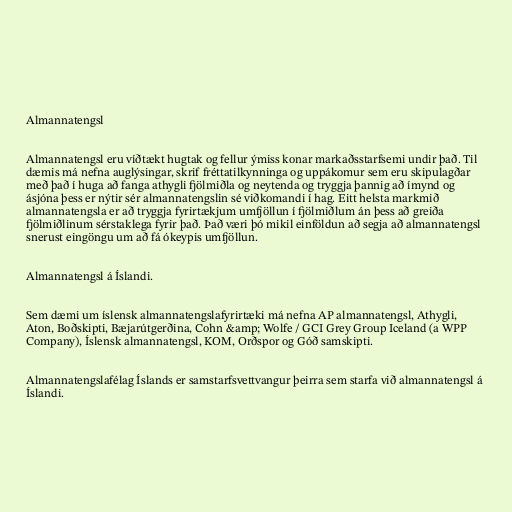
Almannatengsl

Almannatengsl eru víðtækt hugtak og fellur ýmiss konar markaðsstarfsemi undir það. Til
dæmis má nefna auglýsingar, skrif fréttatilkynninga og uppákomur sem eru skipulagðar
með það í huga að fanga athygli fjölmiðla og neytenda og tryggja þannig að ímynd og
ásjóna þess er nýtir sér almannatengslin sé viðkomandi í hag. Eitt helsta markmið
almannatengsla er að tryggja fyrirtækjum umfjöllun í fjölmiðlum án þess að greiða
fjölmiðlinum sérstaklega fyrir það. Það væri þó mikil einföldun að segja að almannatengsl
snerust eingöngu um að fá ókeypis umfjöllun.

Almannatengsl á Íslandi.

Sem dæmi um íslensk almannatengslafyrirtæki má nefna AP almannatengsl, Athygli,
Aton, Boðskipti, Bæjarútgerðina, Cohn &amp; Wolfe / GCI Grey Group Iceland (a WPP
Company), Íslensk almannatengsl, KOM, Orðspor og Góð samskipti.

Almannatengslafélag Íslands er samstarfsvettvangur þeirra sem starfa við almannatengsl á
Íslandi.